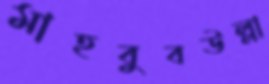
মাহবুবউল্লা